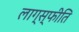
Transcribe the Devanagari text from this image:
लाग्स्फीति